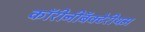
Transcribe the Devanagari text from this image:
कॉरीनीबॅक्टेरीयम